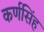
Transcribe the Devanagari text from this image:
कर्णसिँह